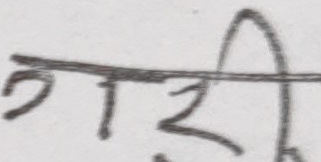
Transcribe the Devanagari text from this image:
गरी